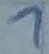
Text: 1